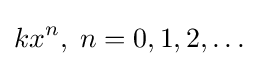
kx^{n},\;n=0,1,2,\ldots \!